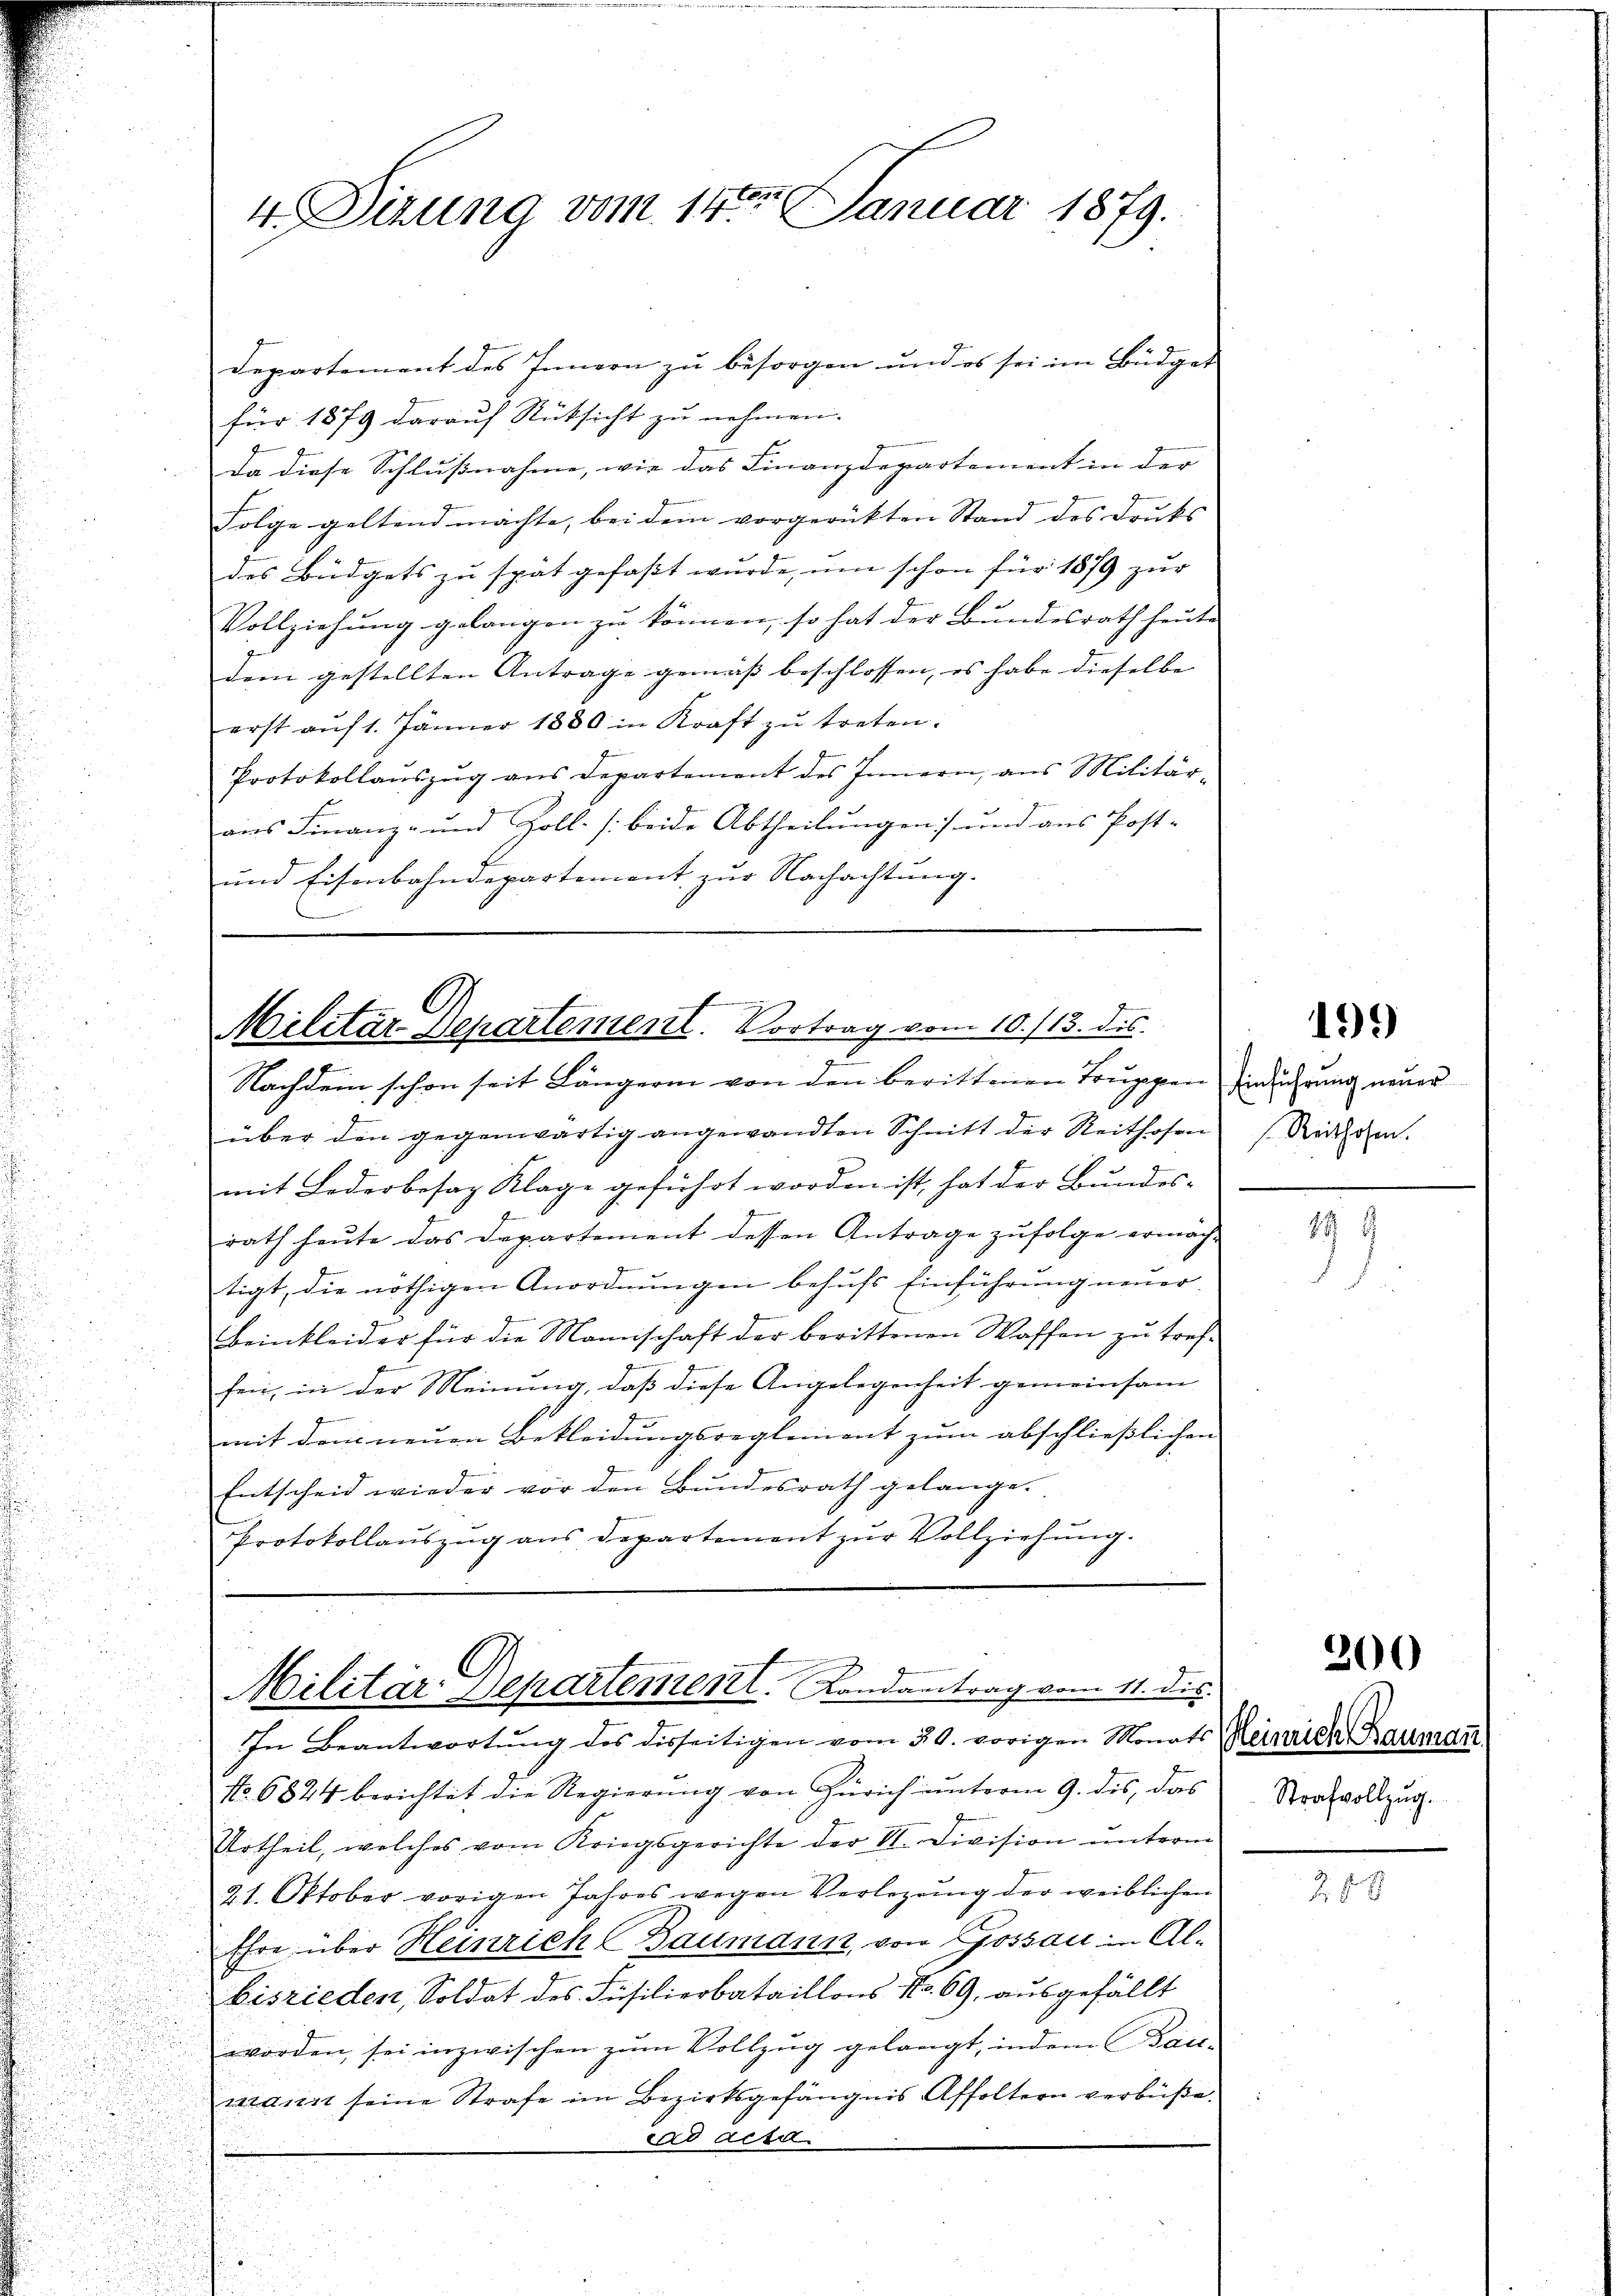
Departement des Innern zu besorgen und es sei im Büdget
für 1879 darauf Rücksicht zu nehmen.
da diese Schlußnahme, wie das Finanzdepartement in der
Folge geltend machte, bei dem vorgerückten Stand des Drucks |
des Büdgets zu spät gefasst wurde, um schon für 1879 zur
Vollziehung gelangen zu können, so hat der Bundesrath heute
dem gestellten Antrage gemäß beschlossen, es habe dieselbe
erst aŭf 1. Jänner 1880 in Kraft zŭ treten.
Protokollaŭszŭg ans Departement des Innern, ans Militär-
ans Finanz- und Zoll- /: beide Abtheilŭngen) und ans Post-
und Eisenbahndepartement zur Nachachtung.

4 Sirung vom 14ten Januar 1879.

1

Militär Departement. Vortrag vom 10./13. des

Militar Departement. Landantrag vom 11. dis.

Nachdem schon seit Längerin von den berittenen Truppen finderung neuer
über den gegenwärtig angewandten Schnitt der Reithofen Reihen.
mit Lederbesaz Klage geführt worden ist, hat der Bundes-
rath heute das Departement dessen Antrage zufolge ermäch-
tigt, die nöthigen Anordnungen behufs Einführung neuer-
Beinkleider für die Mannschaft der berittenen Waffen zu tref-
x
fen, in der Meinung, daß diese Angelegenheit gemeinsam
g
mit dem neuen Bekleidungsreglement zum abschließlichen
Entscheid wieder vor den Bundesrath gelange.
Protokollauszug aus Departement zur Vollziehung.

In Beantwortŭng des disseitigen vom 30. vorigen Monats Reinrich Rauman
No 6824 berichtet die Regierung von Zürich unterm 9. des, das
Urtheil, welches vom Kriegsgerichte der VI. Division ŭnterm
21. Oktober vorigen Jahres wegen Verlegung der weiblichen
Ehre über Heinrich Baumann, von Gossau in Albisrieden, Soldat des Füsilierbataillons No 69, ausgefällt
worden, sei inzwischen zum Vollzug gelangt, indem Bau-
wann seine Strafe im Bezirksgefängnis Affoltern verbüße
cad acta

499)

199

200

Strafvollzug.

.